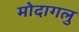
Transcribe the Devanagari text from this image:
मोदागलु